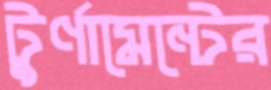
টুর্ণামেন্টের